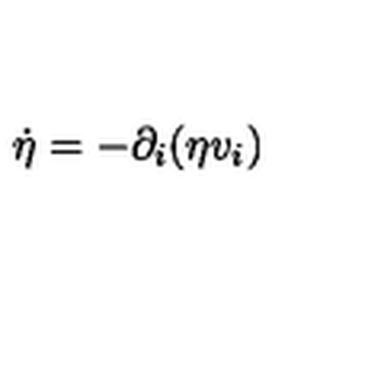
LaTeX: \dot { \eta } = - \partial _ { i } ( \eta v _ { i } )